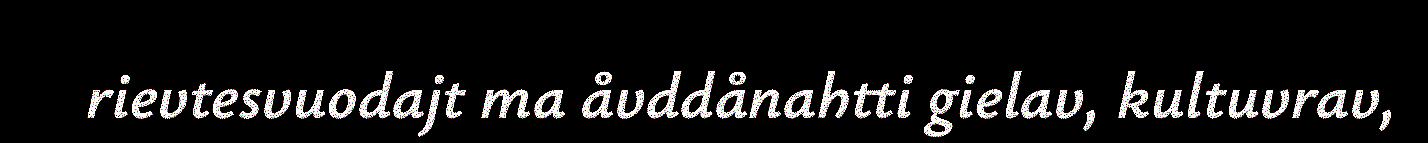
rievtesvuodajt ma åvddånahtti gielav, kultuvrav,